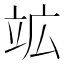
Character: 䇊